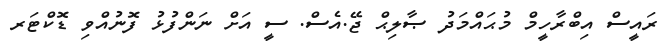
ރައީސް އިބްރާހީމް މުޙައްމަދު ޞާލިޙް ޖޭ.އެސް. ސީ އަށް ނަންފުޅު ފޮނުއްވި ޑޮކްޓަރ